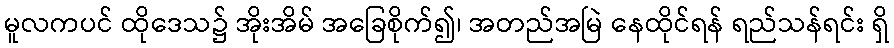
မူလကပင် ထိုဒေသ၌ အိုးအိမ် အခြေစိုက်၍၊ အတည်အမြဲ နေထိုင်ရန် ရည်သန်ရင်း ရှိ